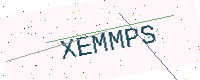
Text: XEMMPS